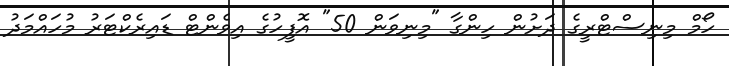
ހޯމް މިނިސްޓްރީގެ ދަށުން ހިންގާ "މިނިވަން 50" އޮފީހުގެ އިވެންޓް ޑައިރެކްޓަރު މުހައްމަދު